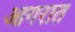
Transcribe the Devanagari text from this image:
आगरात